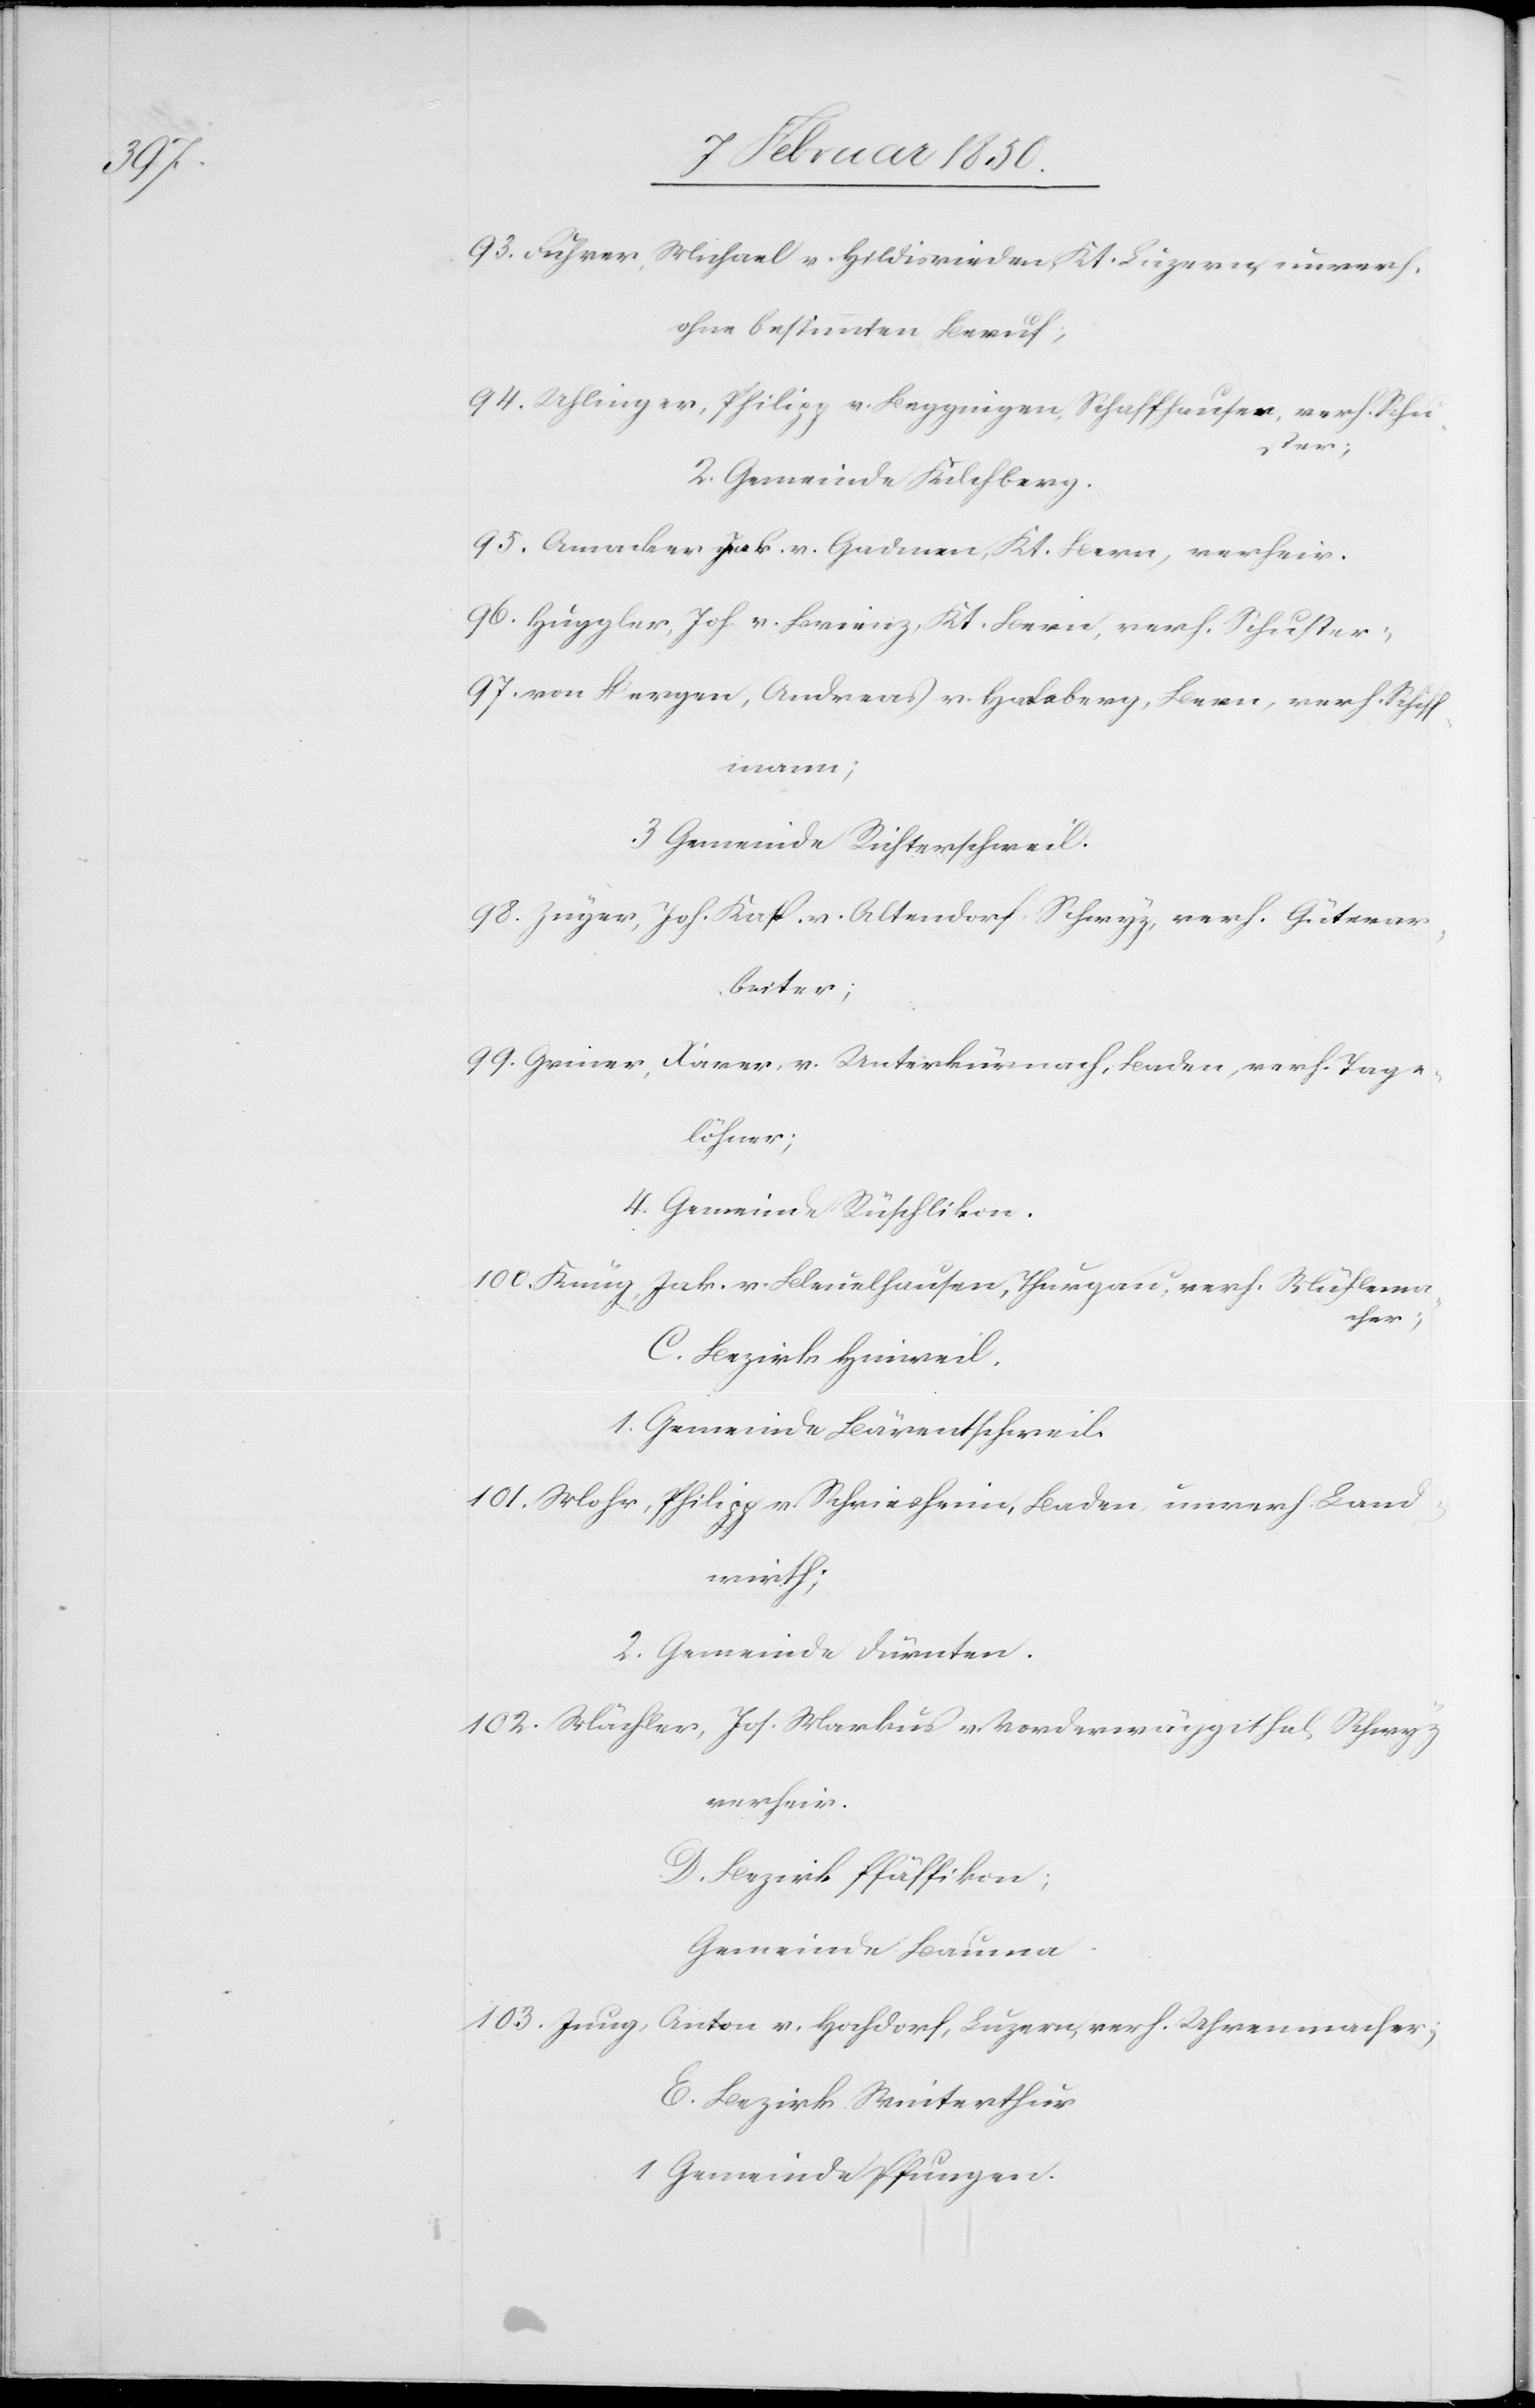
93. Fuhrer, Michael v. Hildisrieden, Kt. Luzern, unverh.
ohne bestimmten Beruf;
94. Uhlinger, Philipp v. Beggingen, Schaffhausen, verh. Schu¬
ster;
2. Gemeinde Kilchberg.
95. Amacker Jak. v. Gadmen, Kt. Bern, verheir.
96. Huggler, Joh. v. Brienz, Kt. Bern, verh. Schuster;
97. von Hergen, Andreas v. Hasleberg, Bern, verh. Schiff¬
mann;
3 Gemeinde Richterschweil.
98. Zeuger, Joh. Kasp. v. Altendorf, Schwyz, verh. Güterar¬
beiter;
99. Griner, Xaver, v. Unterkürnach, Baden, verh. Tage¬
löhner;
4. Gemeinde Rüschlikon.
100. Küng, Jak. v. Bleuelhausen, Thurgau, verh. Mühlema¬
cher;
C. Bezirk Hinweil.
1. Gemeinde Bärentschweil.
101. Mohr, Philipp v. Schriesheim, Baden, unverh. Land¬
wirth;
2. Gemeinde Dürnten.
102. Mächler, Jos. Markus v. Vorderwäggithal, Schwyz
verheir.
D. Bezirk Pfäffikon;
Gemeinde Bauma.
103. Jung,
Anton v. Hochdorf, Luzern, verh. Uhrenmacher;
E. Bezirk Winterthur
1 Gemeinde Pfungen.